Punjab Mental Hospital Lahore 1932-46 - 1932-1946
Year: 1932
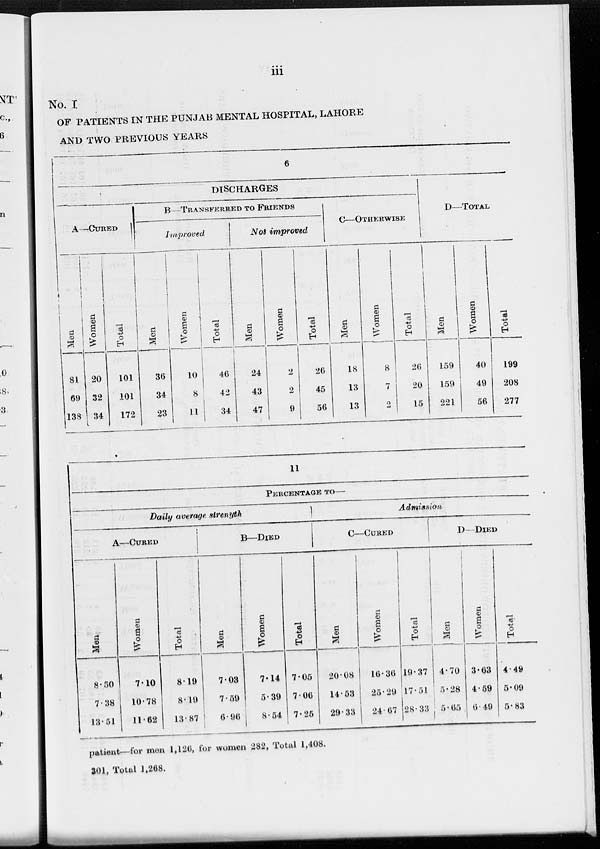
iii
No. I
OF PATIENTS IN THE PUNJAB MENTAL HOSPITAL, LAHORE
AND TWO PREVIOUS YEARS
6
DISCHARGES
A—CURED
Men
81
69
138
Women
20
32
34
Total
101
101
172
B—TRANSFERRED TO FRIENDS
Improved
Men
36
34
23
Women
10
8
11
Total
46
42
34
Not improved
Men
24
43
47
Women
2
2
9
Total
26
45
56
C—OTHERWISE
Men
18
13
13
Women
8
7
2
Total
26
20
15
D—TOTAL
Men
159
159
221
Women
40
49
56
Total
199
208
277
11
PERCENTAGE TO—
Daily average strenyth
A—CURED
Men
8.50
7.38
13.51
Women
7.10
10.78
11.62
Total
8.19
8.19
13.87
B—DIED
Men
7.03
7.59
6.96
Women
7.14
5.39
8.54
Total
7.05
7.06
7.25
Admission
C—CURED
Men
20.08
14.53
29.33
Women
16.36
25.29
24.67
Total
19.37
17.51
28.33
D—DIED
Men
4.70
5.28
5.65
Women
3.63
4.59
6.49
Total
4.49
5.09
5.83
patient—for men 1,126, for women 282, Total 1,408.
301, Total 1,268.